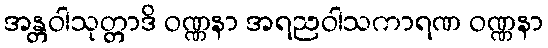
အန္တဝါသုတ္တာဒိ ဝဏ္ဏနာ အရညဝါသကာရဏ ဝဏ္ဏနာ